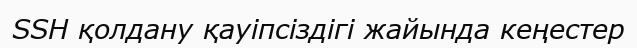
SSH қолдану қауіпсіздігі жайында кеңестер